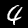
Label: 4